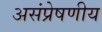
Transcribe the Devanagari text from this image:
असंप्रेषणीय